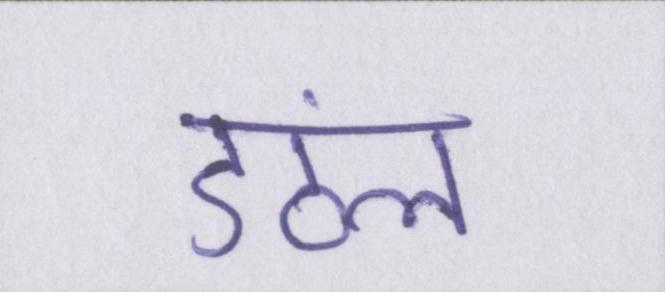
डंठल